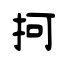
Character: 抲